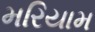
મરિયામ